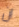
ان